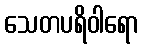
သေတပရိဝါရော